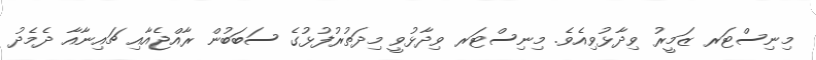
މިނިސްޓަރ ޒަމީރު ވިދާޅުވިއެވެ. މިނިސްޓަރ ވިދާޅުވީ މިދަތުރުފުޅުގެ ސަބަބުން ރާއްޖެއާއި ޗައިނާއާ ދެމެދު